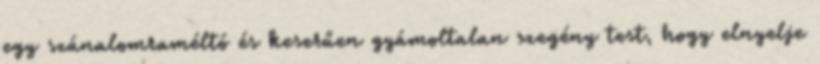
egy szánalomraméltó és keserűen gyámoltalan szegény test, hogy elnyelje